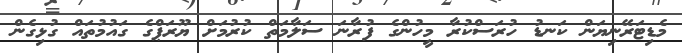
މެޑިޓަރޭނިޔަން ކަނޑު ހުރަސްކުރާ މީހުންގެ ފުރާނަ ސަލާމަތް ކުރުމަށް ޔޫރަޕްގެ ގައުމުތައް ގުޅިގެން